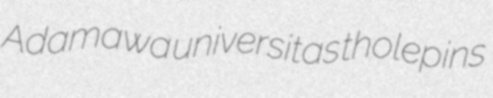
Adamawa universitas tholepins